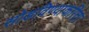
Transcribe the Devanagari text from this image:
सोडविण्‍याकरिता